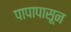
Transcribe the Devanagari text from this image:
पापापासून